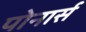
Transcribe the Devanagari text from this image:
पोनार्स